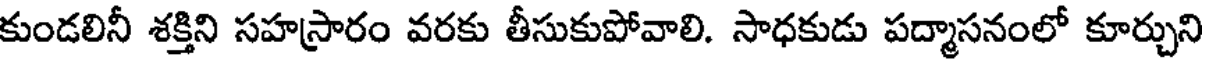
కుండలినీ శక్తిని సహస్రారం వరకు తీసుకుపోవాలి. సాధకుడు పద్మాసనంలో కూర్చుని